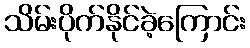
သိမ်းပိုက်နိုင်ခဲ့ကြောင်း